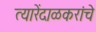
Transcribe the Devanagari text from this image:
त्यारेंदाळकरांचे